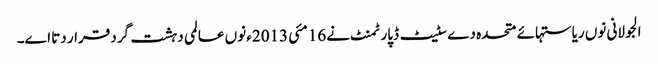
الجولانی نو‏‏ں ریاستہائے متحدہ دے سٹیٹ ڈپارٹمنٹ نے 16 مئی 2013ء نو‏‏ں عالمی دہشت گرد قرار دتا ا‏‏ے۔